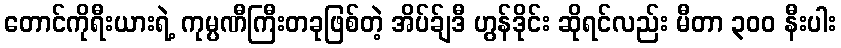
တောင်ကိုရီးယားရဲ့ ကုမ္ပဏီကြီးတခုဖြစ်တဲ့ အိပ်ခ်ျဒီ ဟွန်ဒိုင်း ဆိုရင်လည်း မီတာ ၃၀၀ နီးပါး